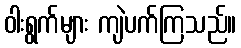
ဝါးရွက်များ ကျဲပက်ကြသည်။